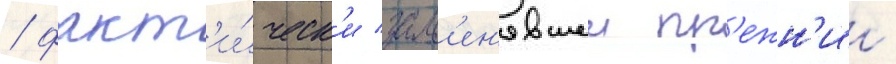
/ факт'и́ческ'и зам'ен'явшеи пр'ежн'ии